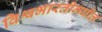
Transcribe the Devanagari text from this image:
विश्वभारतीमधील